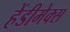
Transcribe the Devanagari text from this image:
हेंडीमेक्स